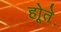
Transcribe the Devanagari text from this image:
होूते